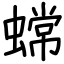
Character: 蟐